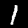
Digit: 1